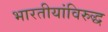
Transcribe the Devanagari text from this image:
भारतीयांविरुद्ध